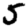
Digit: 5